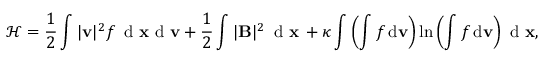
\mathcal { H } = \frac { 1 } { 2 } \int | { \mathbf v } | ^ { 2 } f \, \textnormal { d } { \mathbf { x } } \textnormal { d } { \mathbf v } + \frac { 1 } { 2 } \int | { \mathbf { B } } | ^ { 2 } \, \textnormal { d } { \mathbf { x } } \, + \kappa \int \left( \int f \, \textnormal d \mathbf { v } \right) \ln \left( \int f \, \textnormal d \mathbf { v } \right) \textnormal { d } { \mathbf { x } } ,